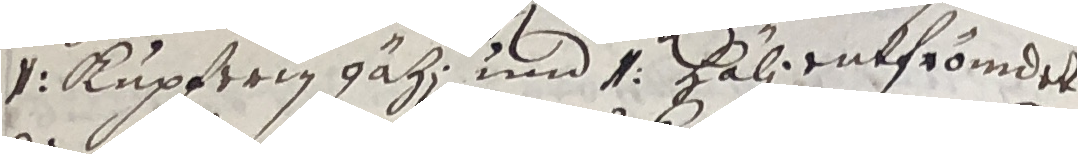
v kupftrig gäh und und halientfromdel